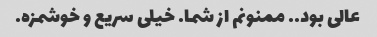
عالی بود.. ممنونم از شما. خیلی سریع و خوشمزه.